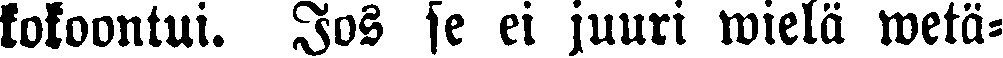
kokoontui. Jos se ei juuri wielä wetä-